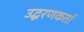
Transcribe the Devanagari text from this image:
उद्धरणकर्ता